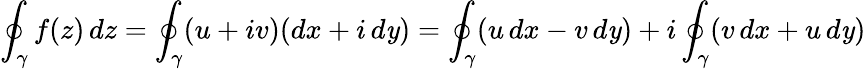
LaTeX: \oint_{\gamma}f(z)\, dz=\oint_{\gamma}(u+iv)(dx+i\, d\mathit{y})=\oint_{\gamma}(u\, dx-v\, d\mathit{y})+i\oint_{\gamma}(v\, dx+u\, d\mathit{y})